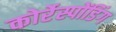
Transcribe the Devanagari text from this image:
कोर्रेस्पोंडिंग